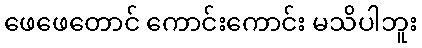
ဖေဖေတောင် ကောင်းကောင်း မသိပါဘူး